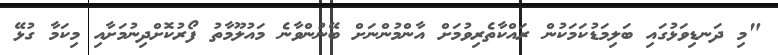
"މި ދަނޑިވަޅުގައި ބަލިމަޑުކަމަކުން ރައްކާތެރިވުމަށް އާންމުންނަށް ބޭނުންވާނެ މައުލޫމާތު ފޯރުކޮށްދިނުމަށާއި މިކަމާ ގުޅޭ